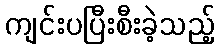
ကျင်းပပြီးစီးခဲ့သည့်